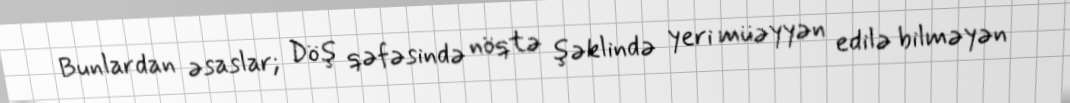
Bunlardan əsaslar; Döş qəfəsində nöqtə şəklində yeri müəyyən edilə bilməyən